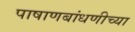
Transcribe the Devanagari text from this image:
पाषाणबांधणीच्या